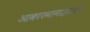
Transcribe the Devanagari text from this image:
आकारमानाइतकेच